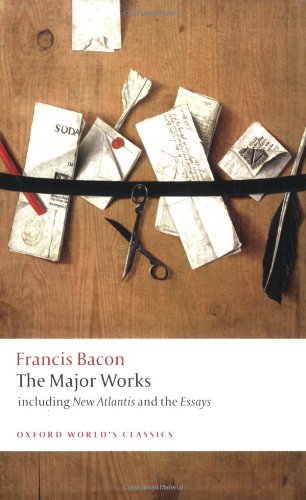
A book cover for Francis Bacon: The Major Works (Oxford World's Classics); Francis Bacon; Literature & Fiction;